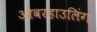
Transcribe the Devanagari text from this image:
ओवरहाउलिंग